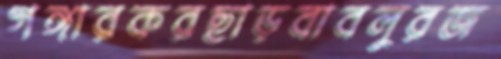
গঙ্গারকরছাড়বাবলুরজ